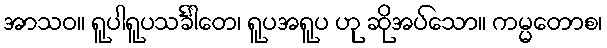
အာသဝ။ ရူပါရူပသင်္ခါတေ၊ ရူပအရူပ ဟု ဆိုအပ်သော။ ကမ္မတောစ၊